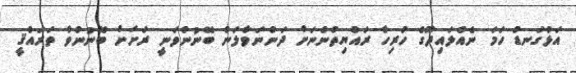
އަޅުގަނޑު ހަމަ ނެއްލައިދޫގެ ހުރިހާ ރައްޔިތުންނަށް ދަންނަވާލަން ބޭނުންވަނީ ރަށަށް ބޭނުންވާ ތަރައްޤީ